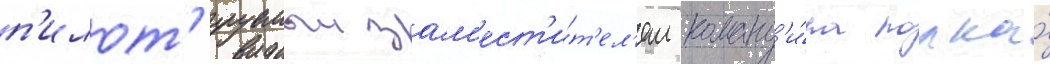
п'илот'ируемыи зам'ест'и́т'ел'ем команд'и́ра полка́